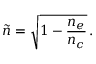
\tilde { n } = \sqrt { 1 - \frac { n _ { e } } { n _ { c } } } \, .